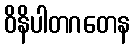
ဝိနိပါတဂတေန